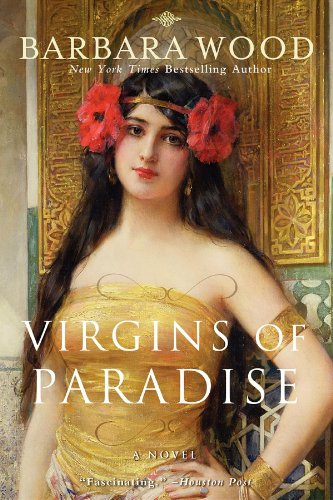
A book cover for Virgins of Paradise; Barbara Wood; Literature & Fiction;